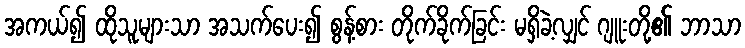
အကယ်၍ ထိုသူများသာ အသက်ပေး၍ စွန့်စား တိုက်ခိုက်ခြင်း မရှိခဲ့လျှင် ဂျူးတို့၏ ဘာသာ